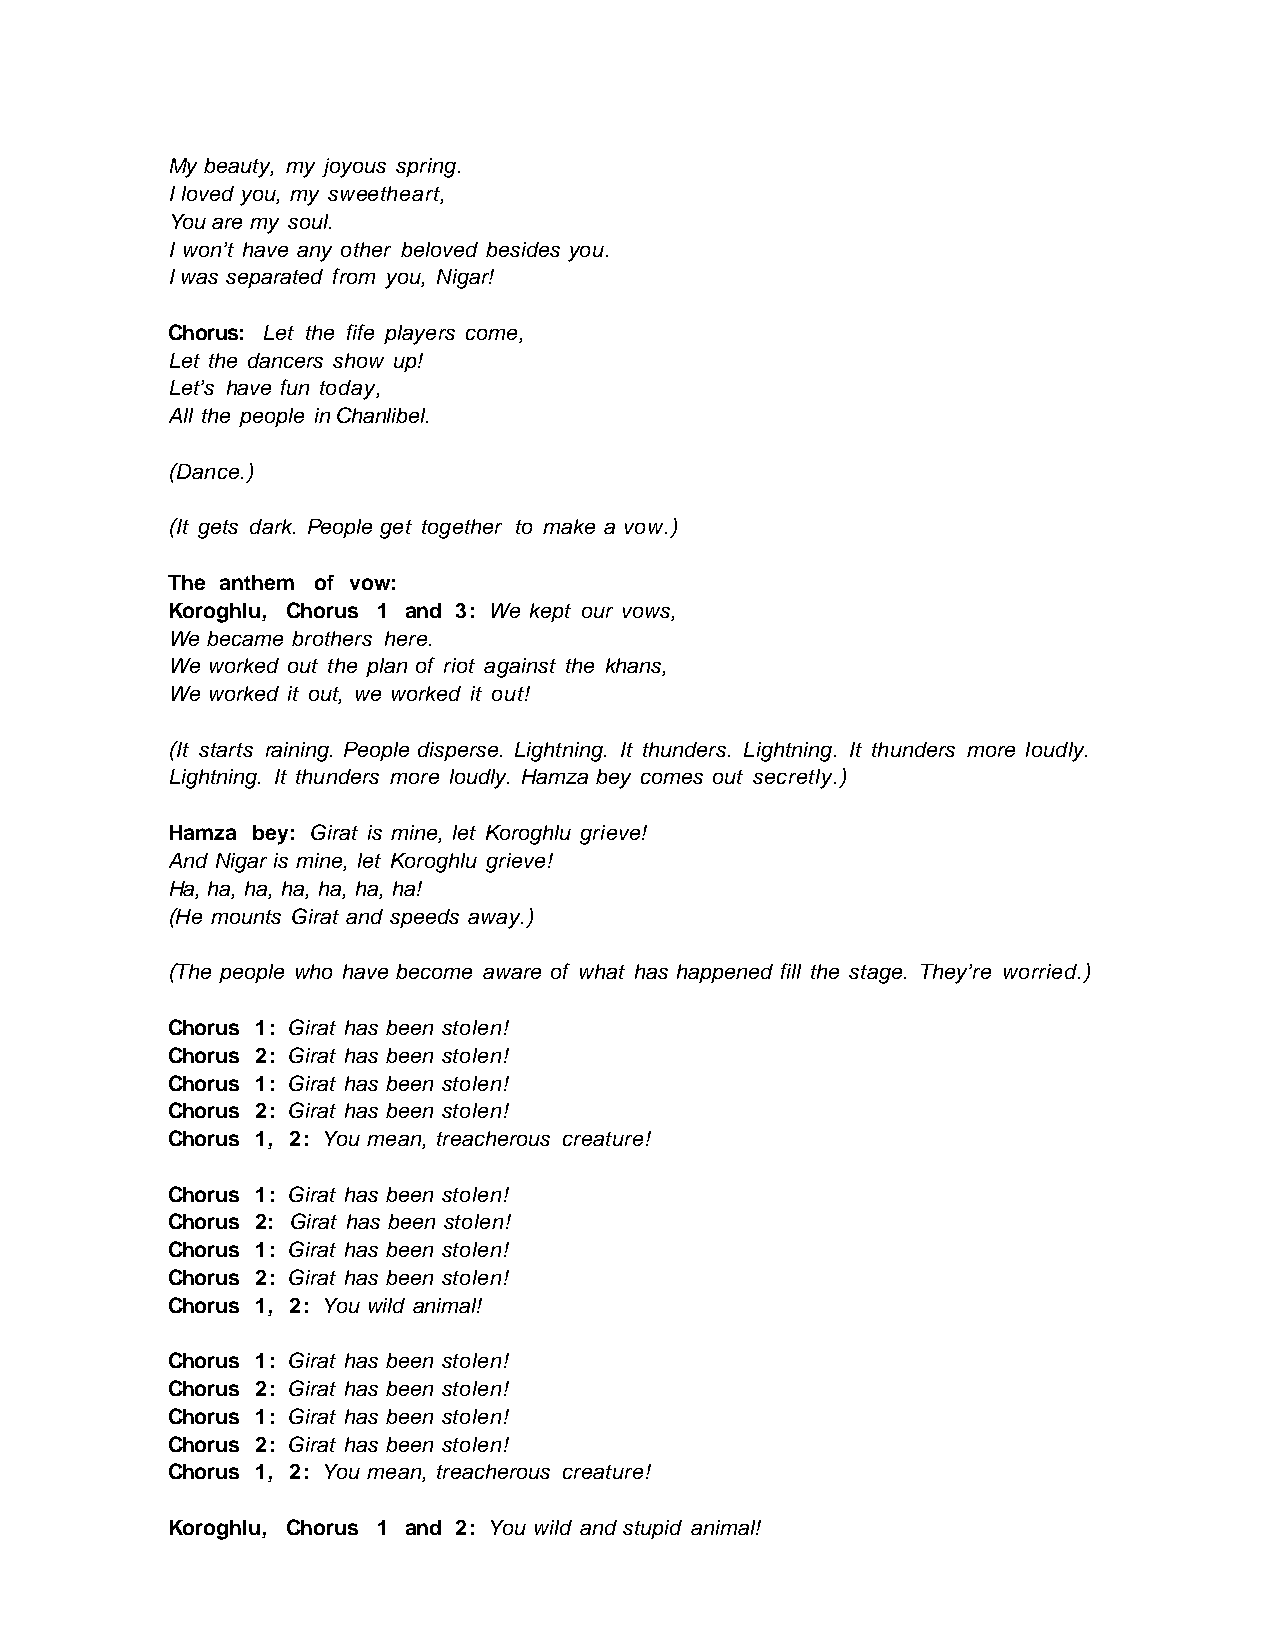
My beauty, my joyous spring.
 I loved you, my sweetheart,
 You are my soul.
 I won’t have any other beloved besides you.
 I was separated from you, Nigar!
 Chorus: Let the fife players come,
 Let the dancers show up!
 Let’s have fun today,
 All the people in Chanlibel.
 (Dance.)
 (It gets dark. People get together to make a vow.)
 The anthem of vow:
 Koroghlu, Chorus 1 and 3: We kept our vows,
 We became brothers here.
 We worked out the plan of riot against the khans,
 We worked it out, we worked it out!
 (It starts raining. People disperse. Lightning. It thunders. Lightning. It thunders more loudly.
 Lightning. It thunders more loudly. Hamza bey comes out secretly.)
 Hamza bey: Girat is mine, let Koroghlu grieve!
 And Nigar is mine, let Koroghlu grieve!
 Ha, ha, ha, ha, ha, ha, ha!
 (He mounts Girat and speeds away.)
 (The people who have become aware of what has happened fill the stage. They’re worried.)
 Chorus 1: Girat has been stolen!
 Chorus 2: Girat has been stolen!
 Chorus 1: Girat has been stolen!
 Chorus 2: Girat has been stolen!
 Chorus 1, 2: You mean, treacherous creature!
 Chorus 1: Girat has been stolen!
 Chorus 2: Girat has been stolen!
 Chorus 1: Girat has been stolen!
 Chorus 2: Girat has been stolen!
 Chorus 1, 2: You wild animal!
 Chorus 1: Girat has been stolen!
 Chorus 2: Girat has been stolen!
 Chorus 1: Girat has been stolen!
 Chorus 2: Girat has been stolen!
 Chorus 1, 2: You mean, treacherous creature!
 Koroghlu, Chorus 1 and 2: You wild and stupid animal!